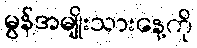
မွန်အမျိုးသားနေ့ကို